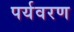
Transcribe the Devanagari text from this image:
पर्यवरण